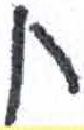
אות: ח